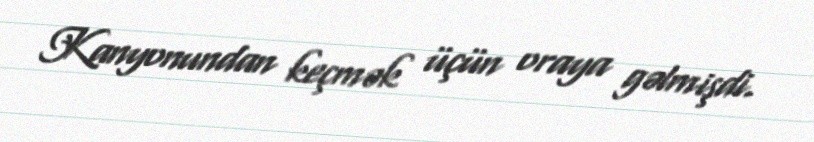
Kanyonundan keçmək üçün oraya gəlmişdi.